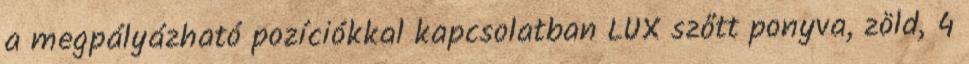
a megpályázható pozíciókkal kapcsolatban LUX szőtt ponyva, zöld, 4